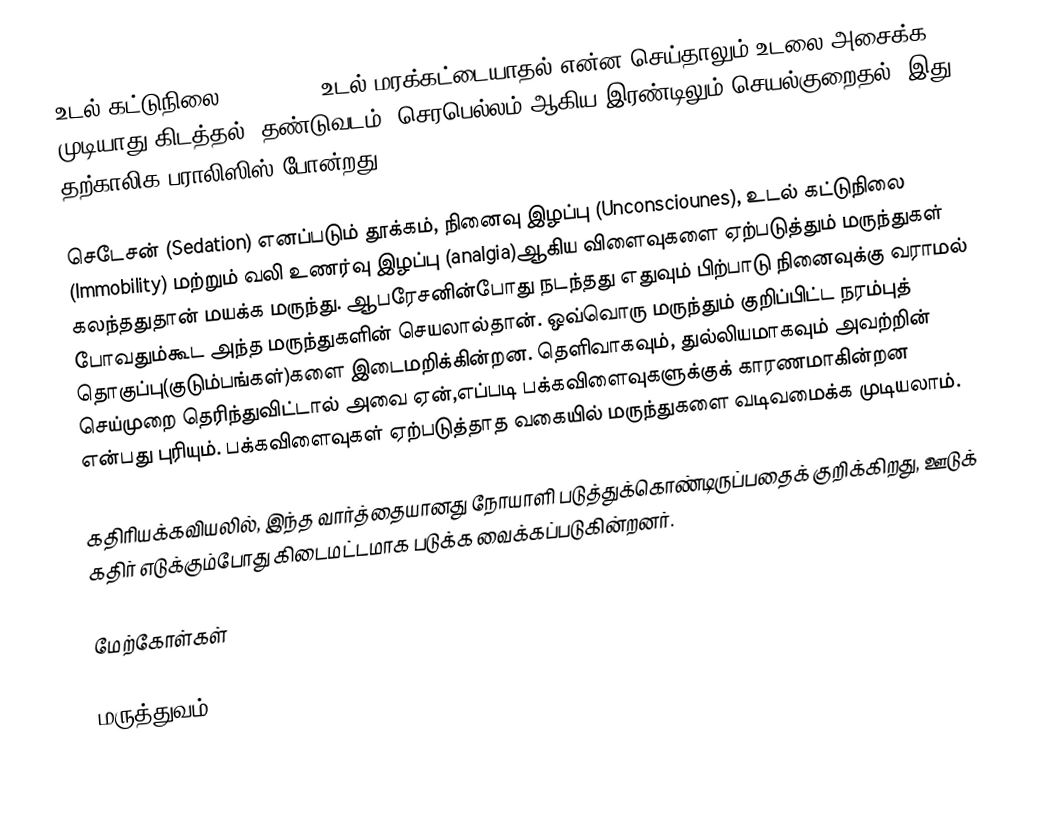
உடல் கட்டுநிலை (position) உடல் மரக்கட்டையாதல்,என்ன செய்தாலும் உடலை அசைக்க முடியாது கிடத்தல். தண்டுவடம், செரபெல்லம் ஆகிய இரண்டிலும் செயல்குறைதல். இது தற்காலிக பராலிஸிஸ் போன்றது.

செடேசன் (Sedation) எனப்படும் தூக்கம், நினைவு இழப்பு (Unconsciounes), உடல் கட்டுநிலை (Immobility) மற்றும் வலி உணர்வு இழப்பு (analgia)ஆகிய விளைவுகளை ஏற்படுத்தும் மருந்துகள் கலந்ததுதான் மயக்க மருந்து. ஆபரேசனின்போது நடந்தது எதுவும் பிற்பாடு நினைவுக்கு வராமல் போவதும்கூட அந்த மருந்துகளின் செயலால்தான். ஒவ்வொரு மருந்தும் குறிப்பிட்ட நரம்புத் தொகுப்பு(குடும்பங்கள்)களை இடைமறிக்கின்றன. தெளிவாகவும், துல்லியமாகவும் அவற்றின் செய்முறை தெரிந்துவிட்டால் அவை ஏன்,எப்படி பக்கவிளைவுகளுக்குக் காரணமாகின்றன என்பது புரியும். பக்கவிளைவுகள் ஏற்படுத்தாத வகையில் மருந்துகளை வடிவமைக்க முடியலாம்.

கதிரியக்கவியலில், இந்த வார்த்தையானது நோயாளி படுத்துக்கொண்டிருப்பதைக் குறிக்கிறது, ஊடுக் கதிர் எடுக்கும்போது கிடைமட்டமாக படுக்க வைக்கப்படுகின்றனர்.

மேற்கோள்கள்

மருத்துவம்